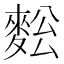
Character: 𪌥